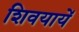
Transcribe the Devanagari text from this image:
शिवयायें